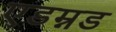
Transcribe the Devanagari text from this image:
एडम्नड